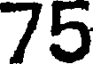
75